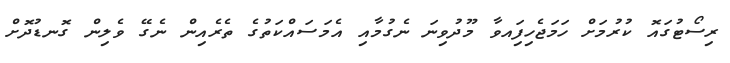
ރިސޯޓުގައޮ ކުރުމަށް ހަމަޖެހިފަިއވާ މޫދުވިނަ ނެގުމާއި އެމަސައްކަތުގެ ތެރެއިން ނެގޭ ވެލިން ގޮނޑުދޮށް